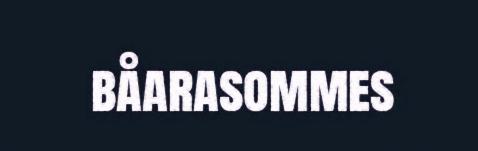
båarasommes